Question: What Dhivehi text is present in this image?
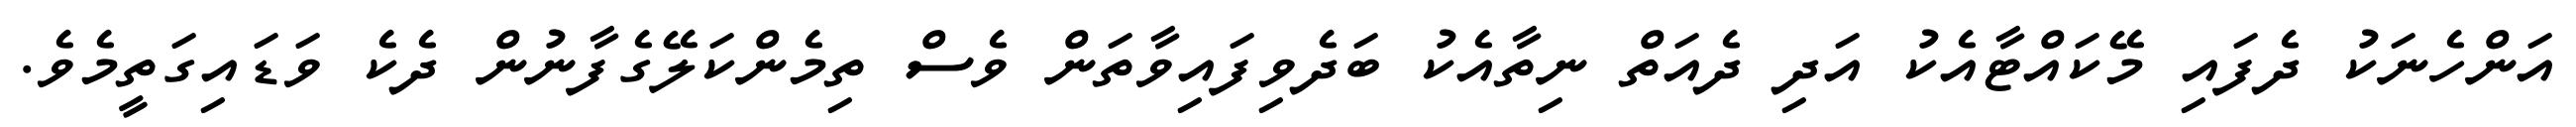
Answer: އަންހެނަކު ދެފައި މޭކައްޓާއެކު އަދި ދެއަތް ނިތާއެކު ބަދެވިފައިވާތަން ވެސް ތިމެންކަލޭގެފާނުން ދެކެ ވަޑައިގަތީމެވެ.